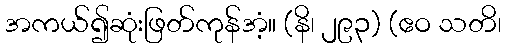
အကယ်၍ဆုံးဖြတ်ကုန်အံ့။ (နိ၊ ၂၉၃) (ဧဝ သတိ၊